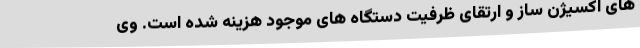
های اکسیژن ساز و ارتقای ظرفیت دستگاه های موجود هزینه شده است. وی